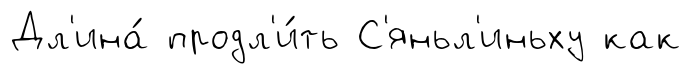
Дл'ина́ продл'и́ть С'яньл'иньху как